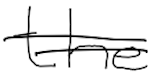
Text: the
Cross-out: mix
Writing tool: digital_black